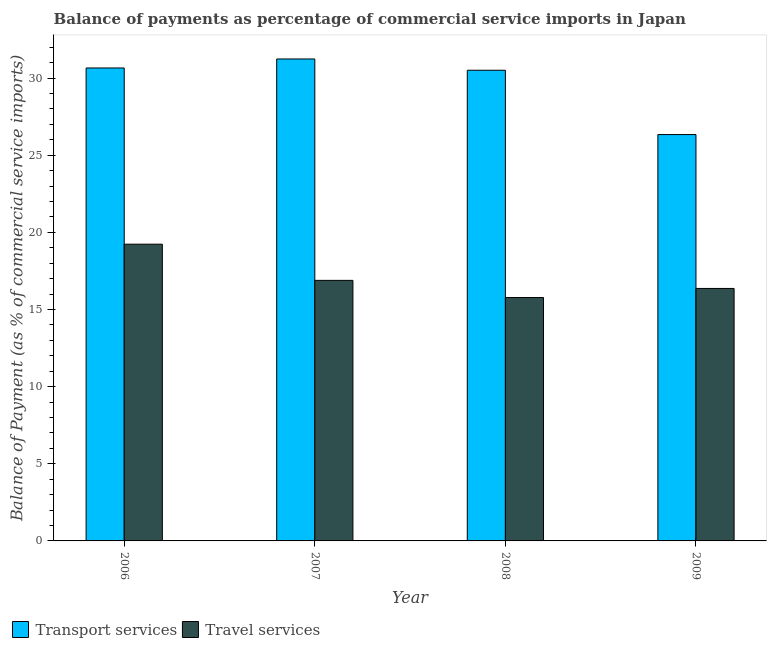
| Year | Transport services | Travel services |
 | --- | --- | --- |
 | 2006 | 30.7 | 19.2 |
 | 2007 | 31.2 | 16.9 |
 | 2008 | 30.5 | 15.8 |
 | 2009 | 26.3 | 16.4 |